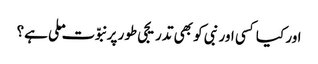
اور کیا کسی اور نبی کو بھی تدریجی طور پر نبوّت ملی ہے؟